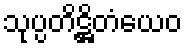
သုပ္ပတိဋ္ဌိတံယေဝ